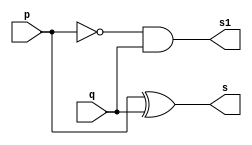
// ---------------------
// Guia 04 - Exercicio 03
// Nome: Bruno Csar Lopes Silva
// ---------------------

//--- Module Meia Diferena---

module meiadiferenca (s, s1, p, q);
output s, s1;
input p, q;
assign s = p ^ q;
assign s1 = ~p & q;

endmodule // meiadiferenca

//---Teste Diferenca Completa ---

module testediferencacompleta;
reg a, b, vemum;
wire s2, s3, s4, s, s1;

meiadiferenca M1 (s2, s3, a, b);
meiadiferenca M2 (s, s4, s2, vemum);
or OR1 (s1, s3, s4);

 // parte principal
   initial begin
	   $display("Guia 04 - Exercicio 03");
		$display("Bruno Cesar Lopes Silva - 415985");
      $display("Diferenca Completa");
      $display("\n a - b - cIn = s / cOut\n");
  		a=0; b=0; vemum=0;
		$monitor(" %b - %b - %b =   %b / %b", a, b, vemum, s, s1);
		#1 a=0; b=0; vemum=1;
		#1 a=0; b=1; vemum=0;
		#1 a=0; b=1; vemum=1;
		#1 a=1; b=0; vemum=0;
		#1 a=1; b=0; vemum=1;
		#1 a=1; b=1; vemum=0;
		#1 a=1; b=1; vemum=1;
		
		end
		
		endmodule // testediferencacompleta